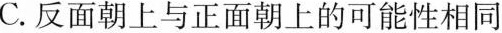
C.反面朝上与正面朝上的可能性相同